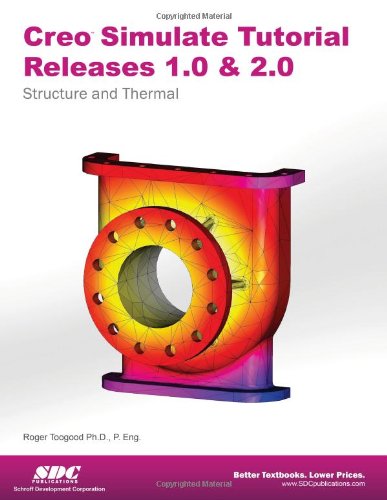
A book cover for Creo Simulate Tutorial Releases 1.0 & 2.0; Roger Toogood; Computers & Technology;